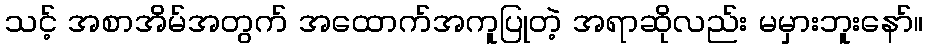
သင့် အစာအိမ်အတွက် အထောက်အကူပြုတဲ့ အရာဆိုလည်း မမှားဘူးနော်။